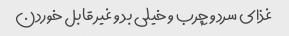
غذای سرد و چرب و خیلی بد و غیر قابل خوردن